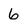
Character: 6